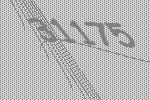
31175